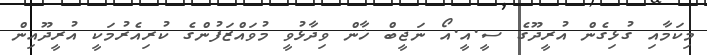
މިކަމާއި ގުޅިގެން އުރީދޫގެ ސީ.އީ.އޯ ނަޖީބް ޚާން ވިދާޅުވީ މުވައްޒަފުންގެ ކުރިއެރުމަކީ އުރީދޫއިން